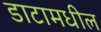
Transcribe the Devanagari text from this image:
डाटामधील